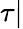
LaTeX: \tau|